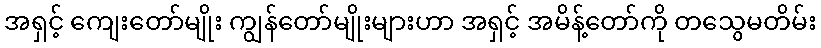
အရှင့် ကျေးတော်မျိုး ကျွန်တော်မျိုးများဟာ အရှင့် အမိန့်တော်ကို တသွေမတိမ်း